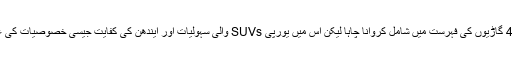
گوکہ ٹویوٹا نے پچھلے نسخے کو 4×4 گاڑیوں کی فہرست میں شامل کروانا چاہا لیکن اس میں یورپی SUVs والی سہولیات اور ایندھن کی کفایت جیسی خصوصیات کی عدم موجودگی کے باعث ایسا نہ ہوسکا۔